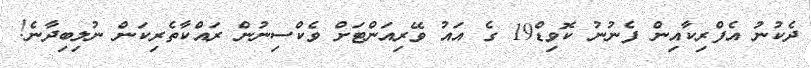
ދެކުނު އެފްރިކާއިން ފެނުނު ކޮވިޑް19 ގެ އައު ވޭރިއަންޓަށް ވެކްސިނުން ރައްކާތެރިކަން ނުލިބިދާނެ!